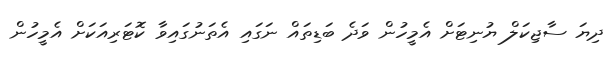
ދިޔަ ސާޖިކަލް ޔުނިޓަށް އެމީހުން ވަދެ ބަޑިތައް ނަގައި އެތަނުގައިވާ ކޮޓަރިއަކަށް އެމީހުން